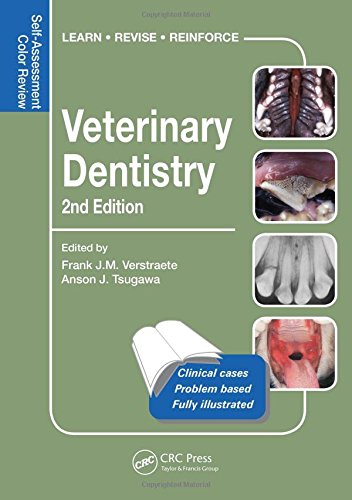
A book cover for Veterinary Dentistry: Self-Assessment Color Review, Second Edition (Veterinary Self-Assessment Color Review Series); Frank Verstraete; Medical Books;